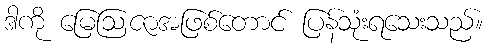
ဒါကို မြေဩဇာအဖြစ်တောင် ပြန်သုံးရသေးသည်။